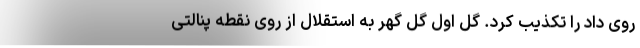
روی داد را تکذیب کرد. گل اول گل گهر به استقلال از روی نقطه پنالتی